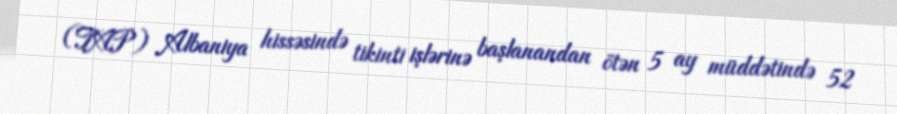
(TAP) Albaniya hissəsində tikinti işlərinə başlanandan ötən 5 ay müddətində 52